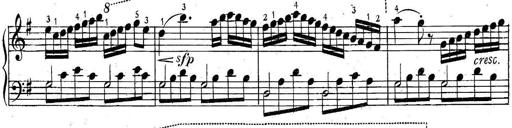
Title: 6 Easy Sonatinas
Composer: Carl Czerny